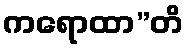
ကရောထာ”တိ